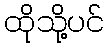
ထိုသို့ပင်